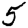
Digit: 5